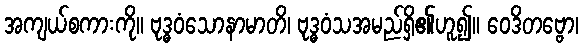
အကျယ်စကားကို။ ဗုဒ္ဓဝံသောနာမာတိ၊ ဗုဒ္ဓဝံသအမည်ရှိ၏ဟူ၍။ ဝေဒိတဗ္ဗော၊